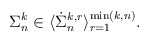
\begin{align*} {\Sigma}_n^{k} \in \langle\dot{\Sigma}_n^{k, r}\rangle_{r=1}^{\min(k,n)}. \end{align*}